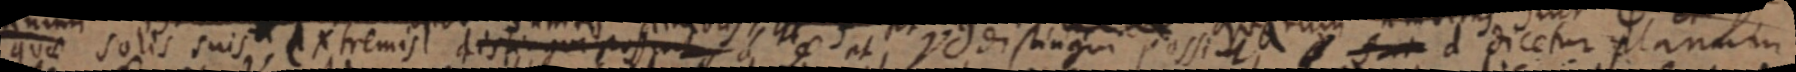
quae solis suis extremis distingui possunt a φ et Y distingui possint, _ d dicetur planum